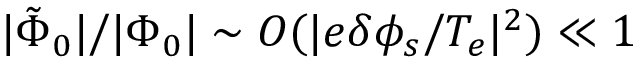
\lvert \tilde { \Phi } _ { 0 } \rvert / \lvert \Phi _ { 0 } \rvert \sim O ( \lvert e \delta \phi _ { s } / T _ { e } \rvert ^ { 2 } ) \ll 1